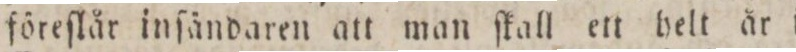
föreſlår inſändaren att man ſkall ett helt år i